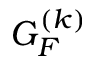
G _ { F } ^ { ( k ) }